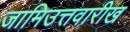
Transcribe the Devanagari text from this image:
जामिउत्तवारीख